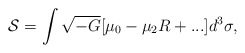
\begin{align*}{\cal S}=\int\sqrt{-G}[\mu_0-\mu_2 R+...]d^3\sigma,\end{align*}